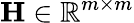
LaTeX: \mathbf{H}\in\mathbb{R}^{m\times m}